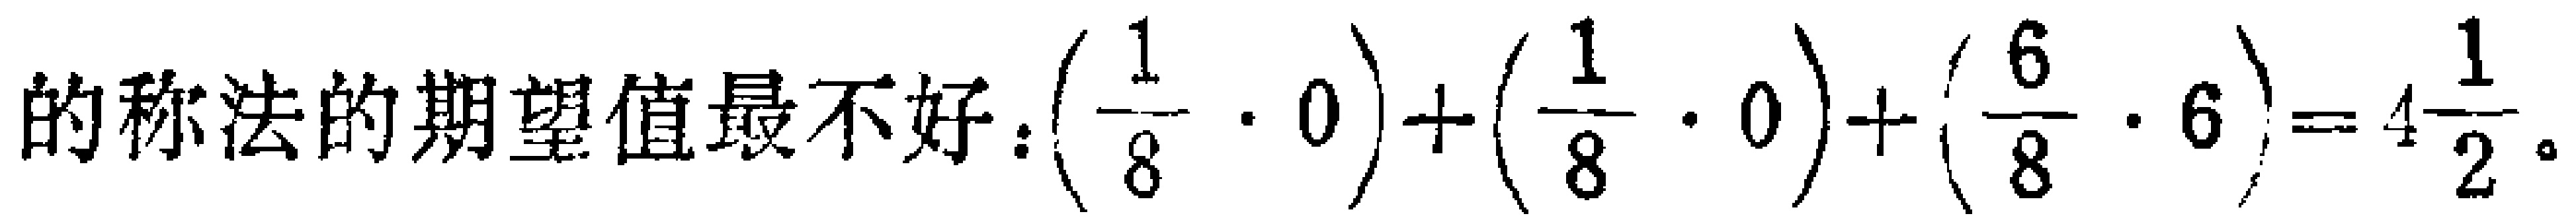
的称法的期望值最不好：\((\frac{1}{8}\cdot0)+(\frac{1}{8}\cdot0)+(\frac{6}{8}\cdot6)=4\frac{1}{2}\)。